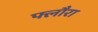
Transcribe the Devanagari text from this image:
फ्लौरा